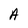
Character: A